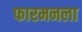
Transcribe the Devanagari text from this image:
फारमनला